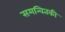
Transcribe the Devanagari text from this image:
समन्वितकी